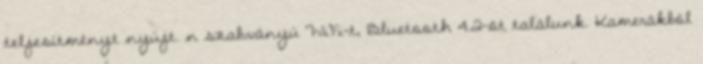
teljesítményt nyújt. n szabványú WiFi-t, Bluetooth 4.2-öt találunk. Kamerákból